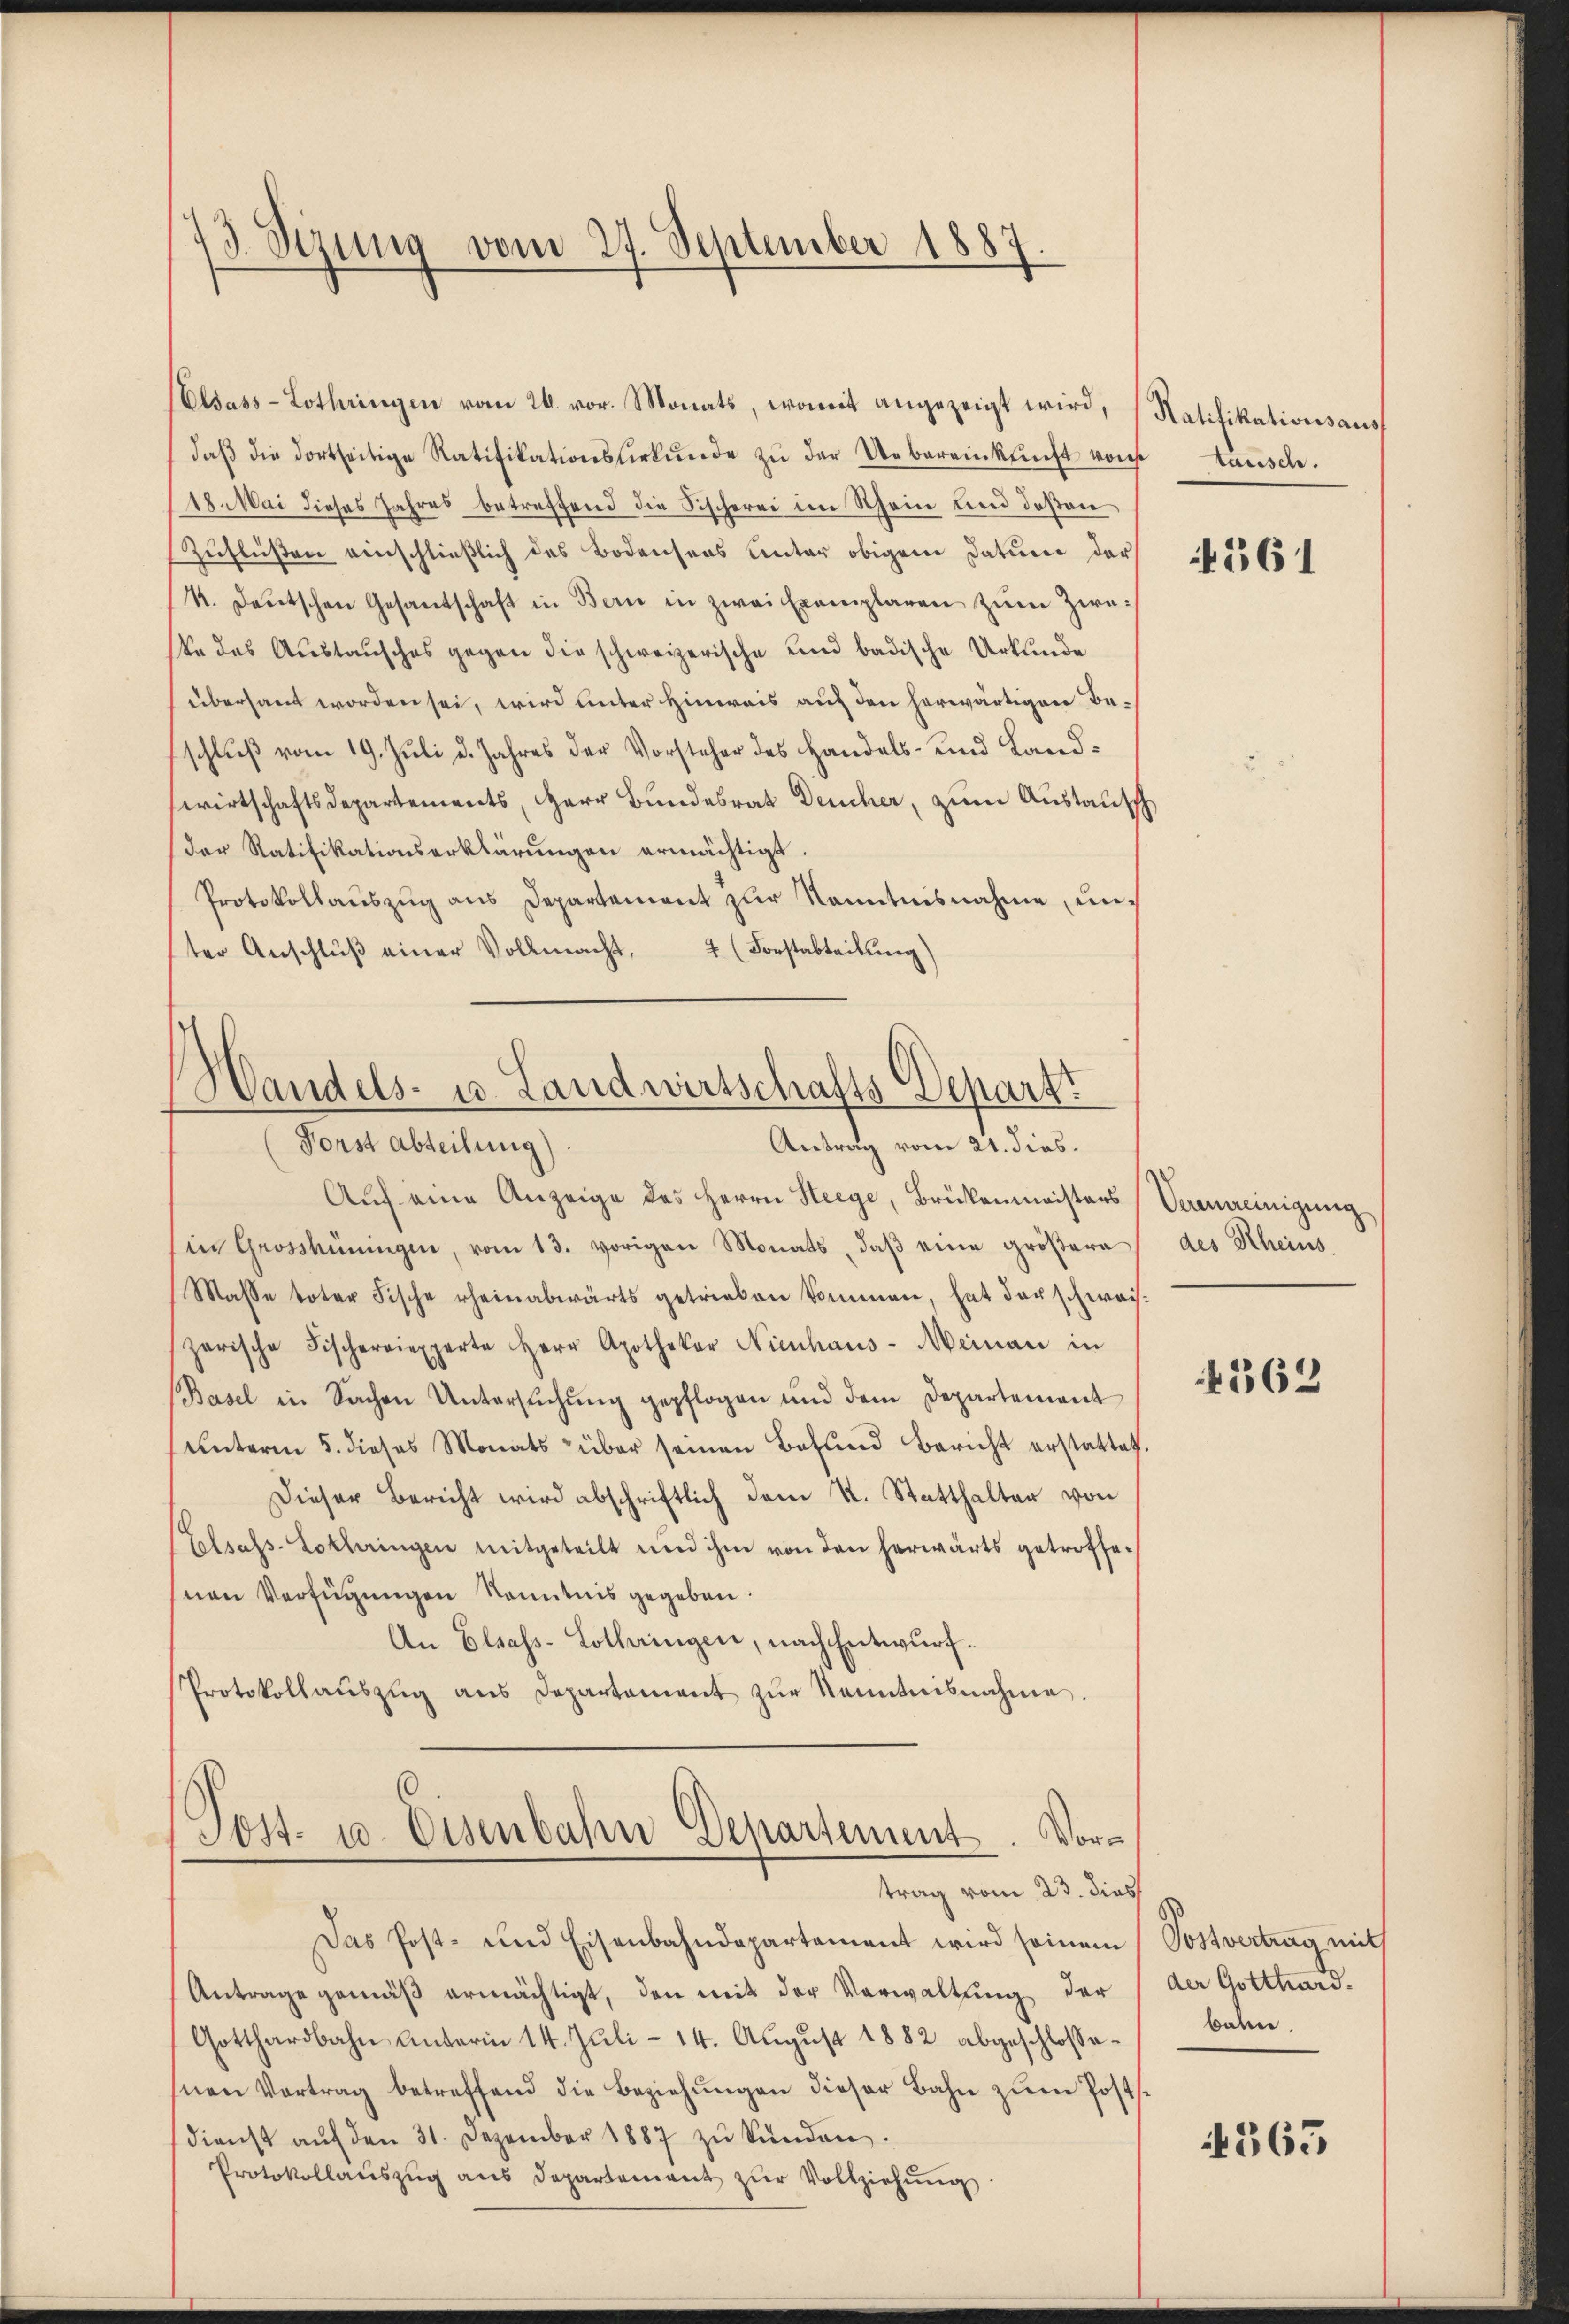
73. Sizung vom 29. September 1887.

daβ die dortseitige Ratifikationslerkŭnde zŭ der Uebereinkunft von tausch.
18. Mai dieses Jahres betreffend die Fischerei im Rhein und deßen
Zuflüsten einschließlich des Bodensens Unter obigem Datum der
4. Deutschen Gesantschaft in Bern in zwei Exemplaren zŭm Zweste das Austausches gegen die schweizerische und badische Urkunde
übersaut worden sei, wird unter Hinweis auf den herwärtigen Beschluß vom 19. Juli d. Jahres der Vorsteher des Handels- und Landswirtschaftsdepartements, Herr Bundesrat Deucher, zum Austausch
der Ratifikationserklärŭngen ermächtigt.
Protokollauszug aus Departement zur Kenntnisnahme, unter Anschlŭβ einer Vollmacht, 2 (Forstabteilung)

Elsass-Lothringen vom 26. vor. Monats, womit angezeigt wird, Ratifikationsaus

Handels- u. Landwirtschafts-Depart
Forst abteilung)
Antrag vom 21. dies.

Sost- u. Osenbahn Departement. Vortrag vom 23. dies

Das Post- und Eisenbahndepartement wird seinem Postvertrag mit
Antrage gemäβ ermächtigt, den mit der Verwaltung der
Gotthardbahn Unterm 14. Juli - 14. August 1882 abgeschlossehnen Vortrag betreffend die Beziehŭngen dieser Bahn zŭm Posts-
dienst aŭf den 31. Dezember 1887 zŭ künden.
Protokollaŭszŭg ans Departement zŭr Vollziehŭng

Aŭf eine Anzeige des Herrn Steege, Brükenmeisters Vermeinigung
in Grosshüningen, vom 13. vorigen Monats, daβ eine größere
Masse toter Fische erheinabwärts getrieben kommen, hat der schwach-
zerische Fischerexperte Herr Apothekar Nienhaus-Meinau in
Basel in Sachen Untersŭchŭng gepflogen und dem Departement
ŭnterm 5. dieses Monats über seinen Befund Bericht erstattet.
Dieser Bericht wird abschriftlich dem St. Statthalten von
Elsass-Lothringen mitgeteilt und ihm von den herwärts getroffesnen Verfügungen konntnis gegeben.
An Elsass-Lothringen, nach Entwurf.
Protokollaŭszŭg ans Departement zŭr Kenntnisnahme.

1361

des Rheins.

4362

der Gotthard.
boden.

4363